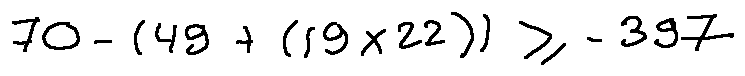
7 0 - ( 4 9 + ( 1 9 \times 2 2 ) ) \geq - 3 9 7